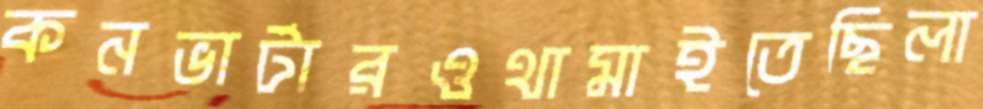
কনভার্টারওথামাইতেছিলা